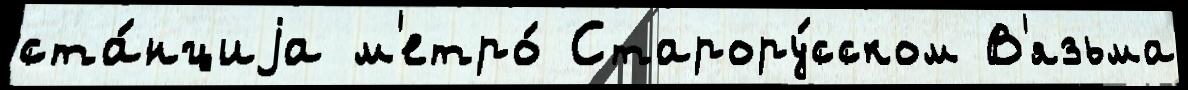
ста́нциjа м'етро́ Старору́сском В'язьма